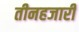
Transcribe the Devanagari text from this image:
तीनहजारी